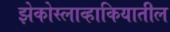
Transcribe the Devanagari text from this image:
झेकोस्लाव्हाकियातील